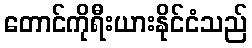
တောင်ကိုရီးယားနိုင်ငံသည်